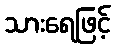
သားရေဖြင့်